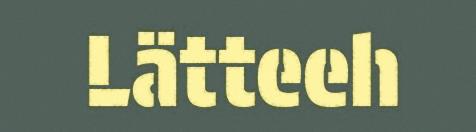
Lätteeh